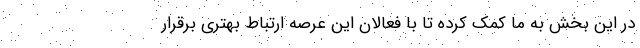
در این بخش به ما کمک کرده تا با فعالان این عرصه ارتباط بهتری برقرار